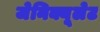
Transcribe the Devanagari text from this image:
जेनिक्यूलेट